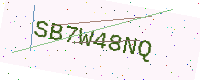
Text: SB7W48NQ